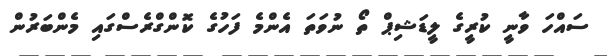
ސައްހަ ވާނީ ކުރީގެ ލީޑަޝިޕް ތޯ ނުވަތަ އެންމެ ފަހުގެ ކޮންގްރެސްގައި މެންބަރުން